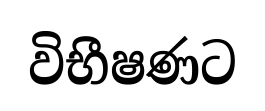
විභීෂණට